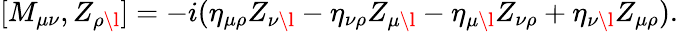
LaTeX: [M_{\mu\nu},Z_{\rho\l}]=-i(\eta_{\mu\rho}Z_{\nu\l}-\eta_{\nu\rho}Z_{\mu\l}-\eta_{\mu\l}Z_{\nu\rho}+\eta_{\nu\l}Z_{\mu\rho}).